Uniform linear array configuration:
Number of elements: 32
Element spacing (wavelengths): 1
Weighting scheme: hann
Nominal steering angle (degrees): -30
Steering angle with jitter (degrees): -30.029
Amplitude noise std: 0.05
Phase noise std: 0.05

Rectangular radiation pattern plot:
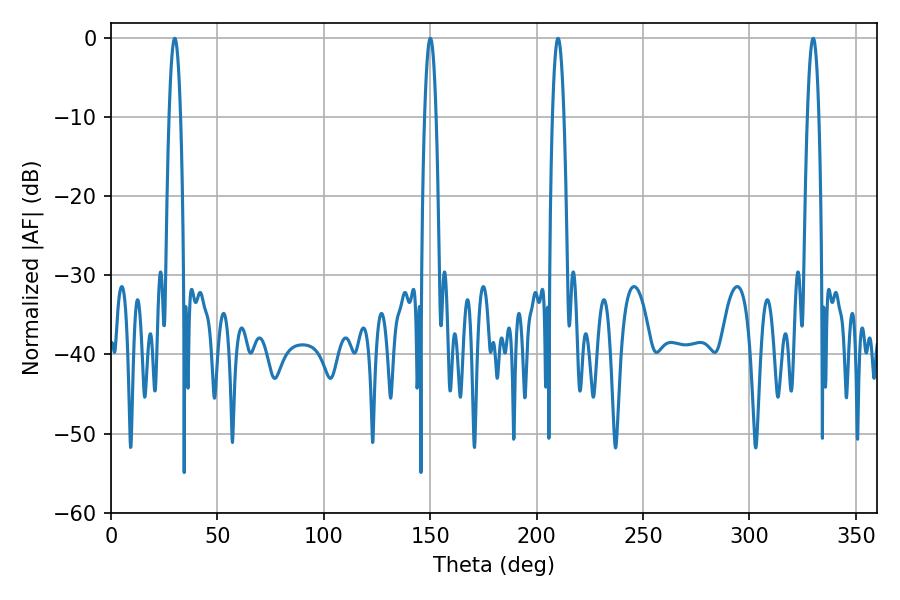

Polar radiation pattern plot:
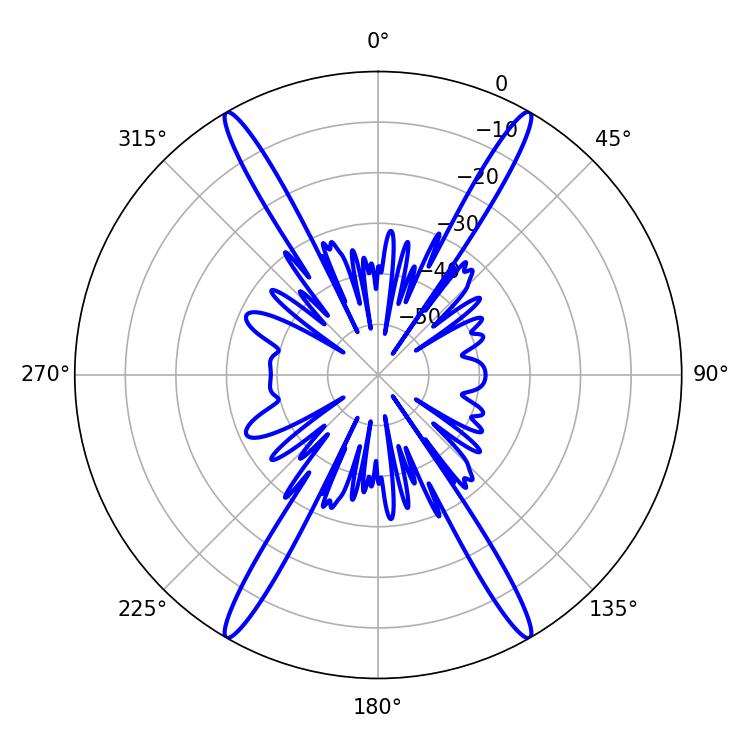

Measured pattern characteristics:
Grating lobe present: TRUE
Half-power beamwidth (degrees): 2.88
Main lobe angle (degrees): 329.94